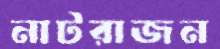
নাটরাজন